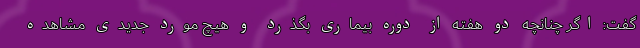
گفت: اگر چنانچه دو هفته از دوره بیماری بگذرد و هیچ مورد جدیدی مشاهده